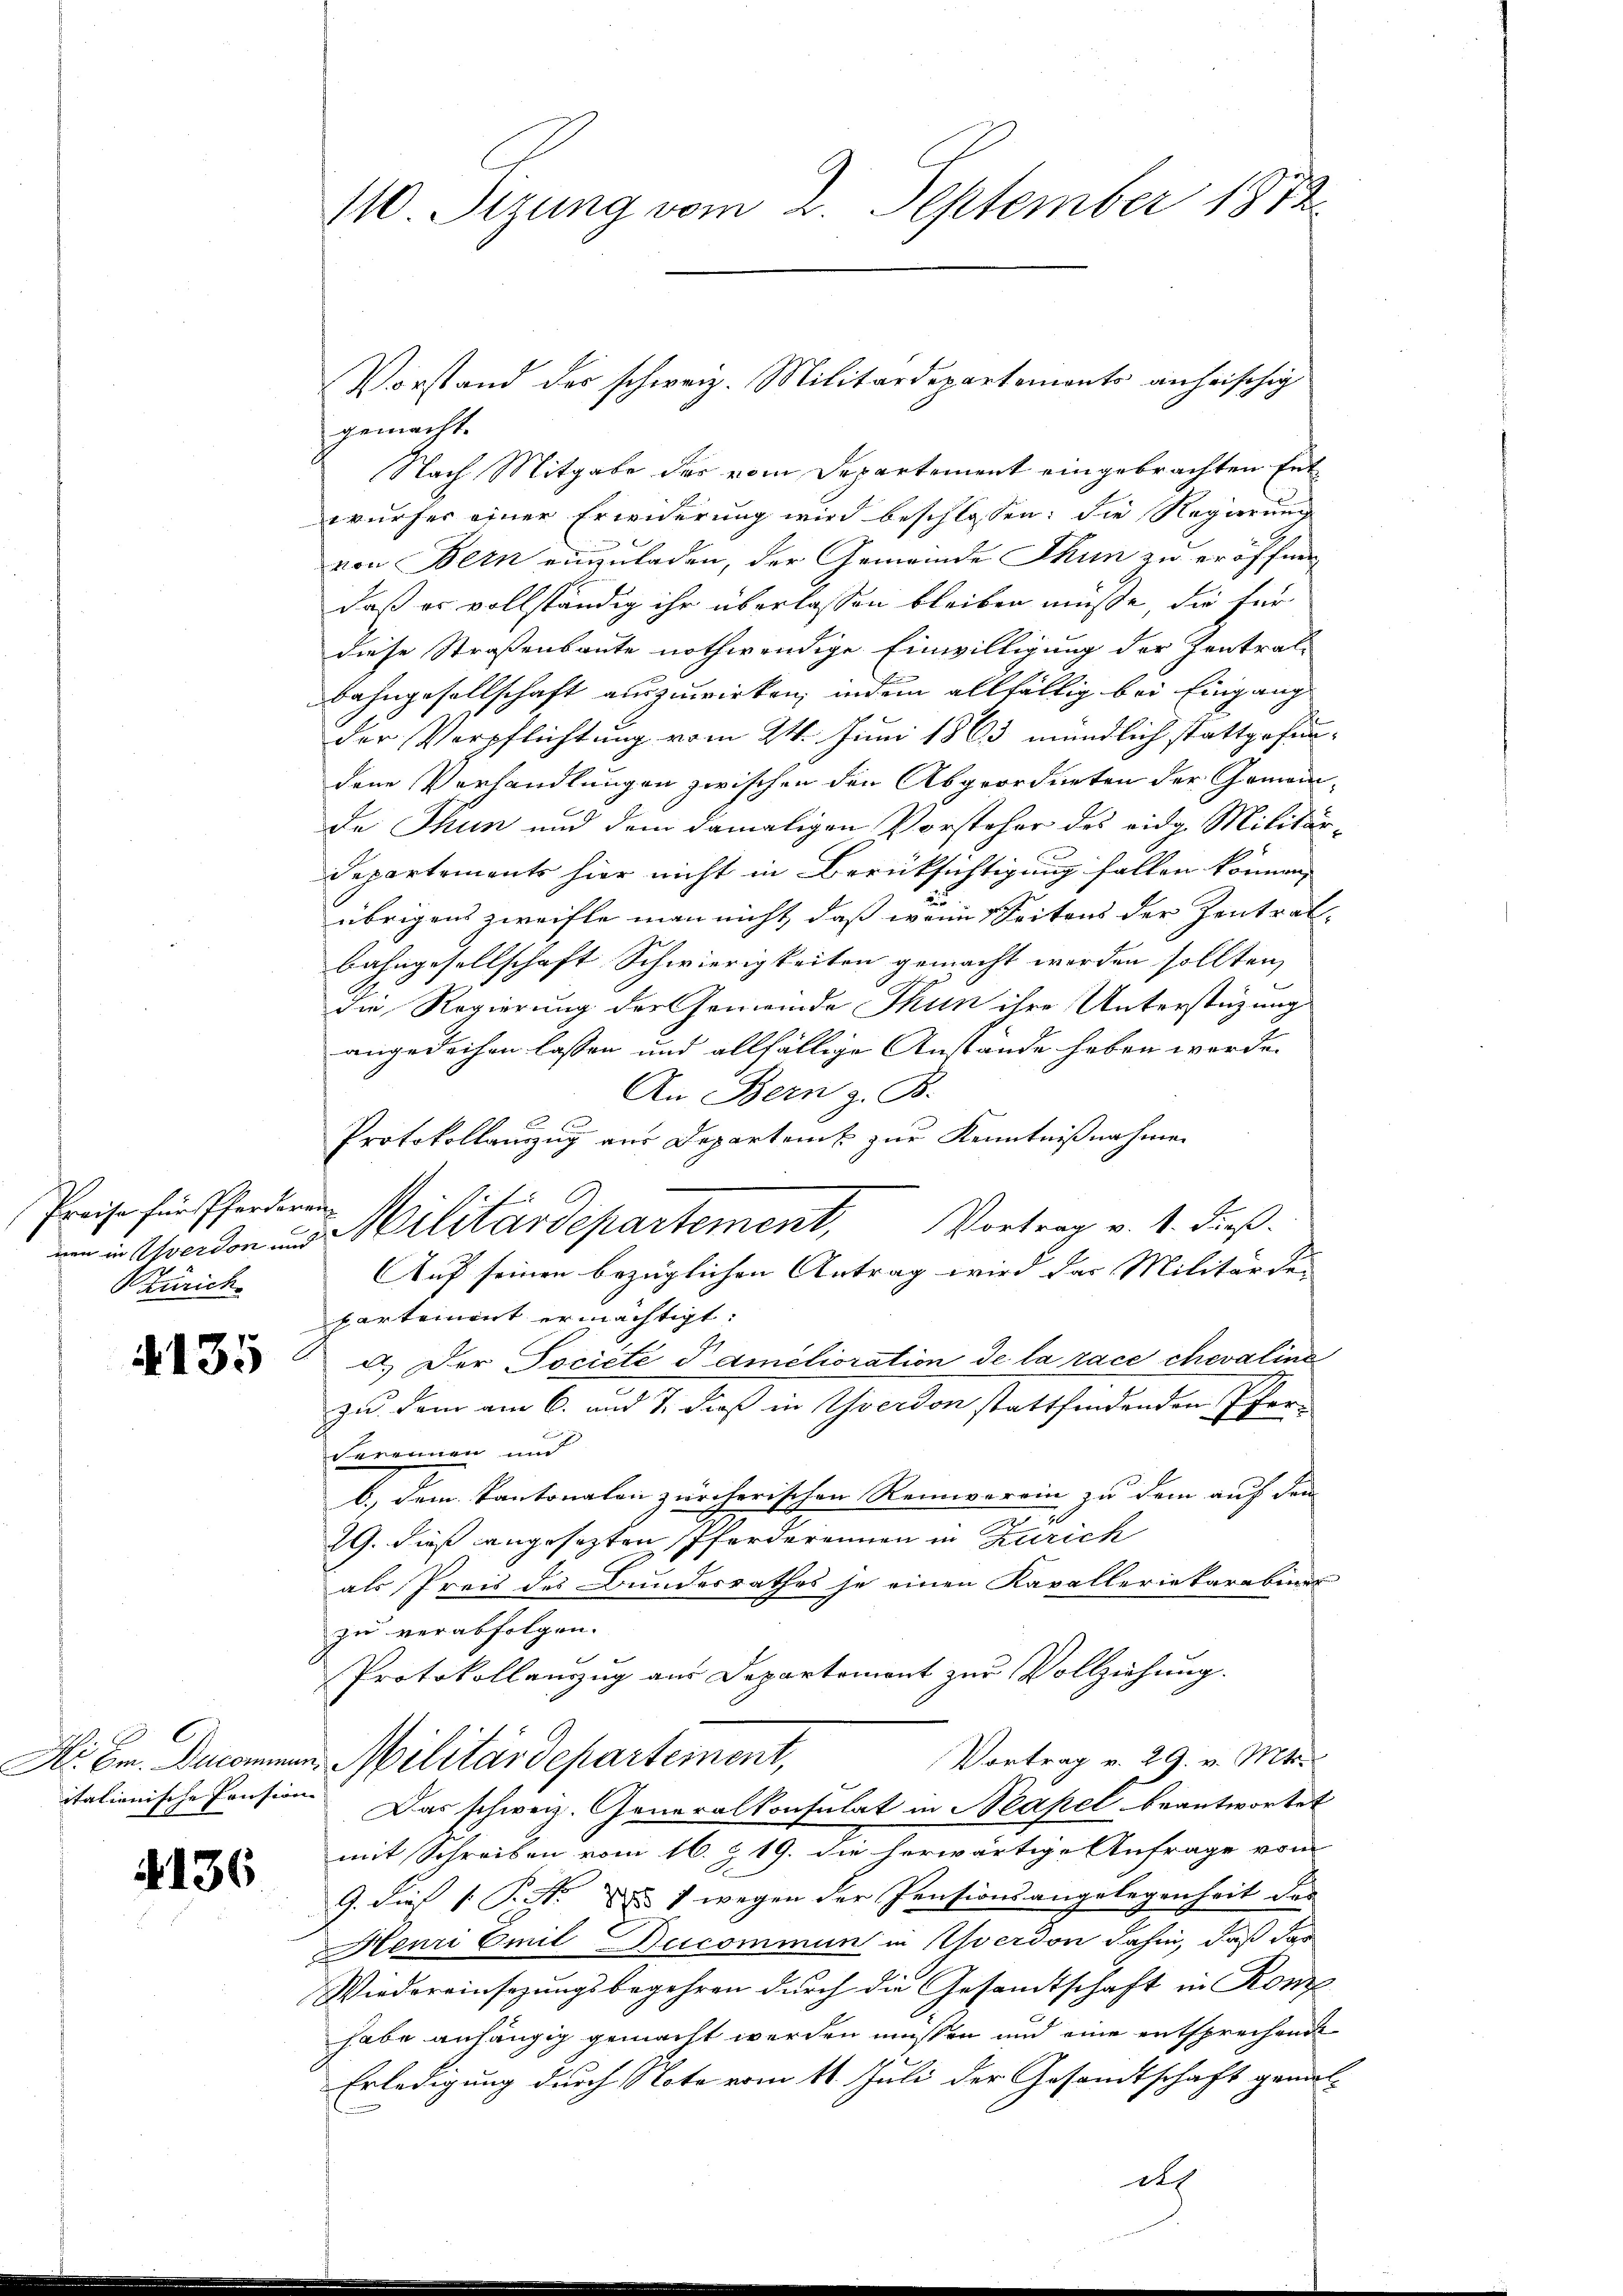
Preise für Pferderen
Zürich

4135

4136.

110 Sizung vom 2. September 1872

gemacht.
Nach Mitgabe der vom Departement eingebrachten Entwurfes einer Erwiderung wird beschlossen: die Regierung
von Bern einzuladen, der Gemeinde Thun zu eröffnen
daß er vollständig ihr überlassen bleiben müsse, die für
diese Straßenbaute nothwendige Einwilligung der Zentral-
Bahngesellschaft auszuwirken, indem allfällig bei Eingang
der Verpflichtung vom 24. Juni 1863 mündlich stattgefundene Verhandlungen zwischen den Abgeorderten der Gemeinde Thun und dem damaligen Vorsteher des eidg. Militär-
Departements hier nicht in Berüksichtigung fallen können,
übrigens zweifle man nicht, daß wenn Seitens der Zentral-
bahngesellschaft Schwierigkeiten gemacht worden sollten, |
die Regierung der Gemeinde Thun ihre Unterstüzung
angedeihen lassen und allfällige Anstande haben werde.
An Bern z. B.
Protokollauszug aus Departens zur Kenntnißnahmen
E
i verdon und Militärdepartement, Vortrag v. 1. dieß.
Auf seinen bezüglichen Antrag wird das Militärden
partement ermächtigt.
A.) Der Societe damelioration de la race chevaline
zu dann am 6. und 7. Daß in Yverdon stattfindenden Pfer-
vereinen und
b.) dem Kantonalen zürcherischen Reiniverein zu dem auf den
2
19. dieß angesezten Pferderennen in Zürich
als Preis des Bundesrathes je einen Kavalleriekarabiner
zu verabfolgen.
Protokollanzug aus Departement zŭr Vollziehung.
Vortrag v. 29. v. Mts.
Dr. Br. Decommen. Militärdepartement,
itationische Pension. Das schweiz. Generalkonsulat in Neapel beantwortet
mit Schreiben vom 16. Z. 19. die herwärtige Anfrage vom
9. dies PG. § 7 wegen der Pensionsangelegenheit das
Henri Emil Ducommun in Yverdon dahin, daß dar
Wiedereinsezungsbegehren durch die Gesamtschaft in Konze
habe anhängig gemacht werden müssen und eine entsprechende
Erledigung durch Note vom 11. Juli der Gesamtschaft gemal-
d

Vorstand der schweiz. Militärdepartements anheischig